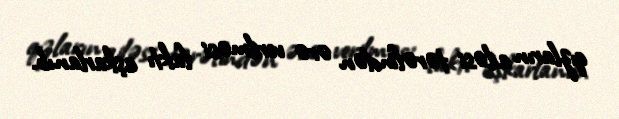
qızların ailəsi tərəfindən ərə verilməsi faktı aşkarlanıb.